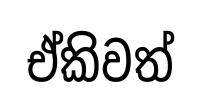
ඒකිවත්